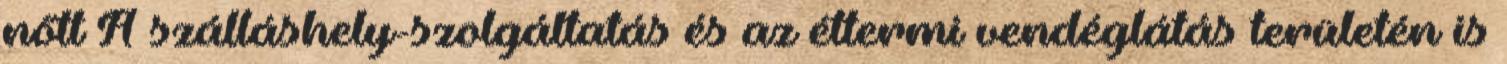
nőtt A szálláshely-szolgáltatás és az éttermi vendéglátás területén is